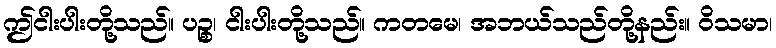
ဤငါးပါးတို့သည်။ ပဉ္စ၊ ငါးပါးတို့သည်။ ကတမေ၊ အဘယ်သည်တို့နည်း။ ဝိသမာ၊